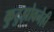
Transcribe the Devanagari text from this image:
कुटुझोवनेही